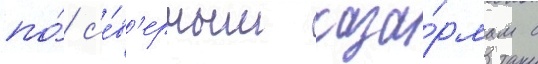
по́ с'е́в'ерным каза́рмам с